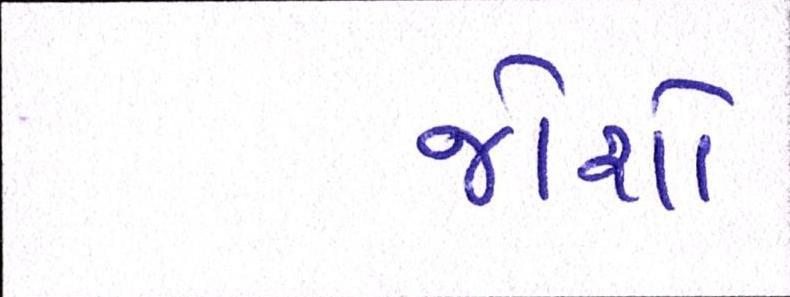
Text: જોશો